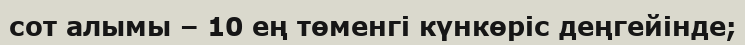
сот алымы – 10 ең төменгі күнкөріс деңгейінде;